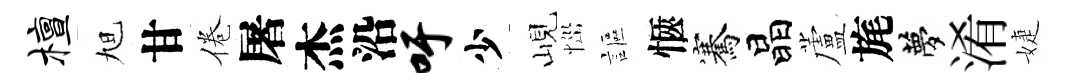
檀旭甘倦屠杰沿吁少峴𢙉謳愜騫晶蘆旄夢淆婕